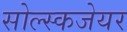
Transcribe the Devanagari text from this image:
सोल्स्कजेयर